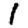
Digit: 1